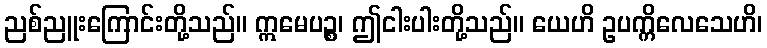
ညစ်ညူးကြောင်းတို့သည်။ ဣမေပဉ္စ၊ ဤငါးပါးတို့သည်။ ယေဟိ ဥပက္ကိလေသေဟိ၊